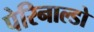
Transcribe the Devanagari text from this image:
पेरिनाल्डो